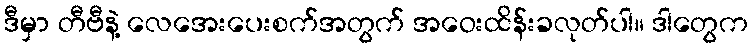
ဒီမှာ တီဗီနဲ့ လေအေးပေးစက်အတွက် အဝေးထိန်းခလုတ်ပါ။ ဒါတွေက